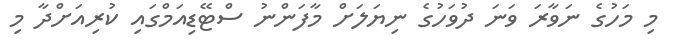
މި މަހުގެ ނަވާރަ ވަނަ ދުވަހުގެ ނިޔަލަށް މާފަންނު ސްޓޭޑިއަމްގައި ކުރިއަށްދާ މި